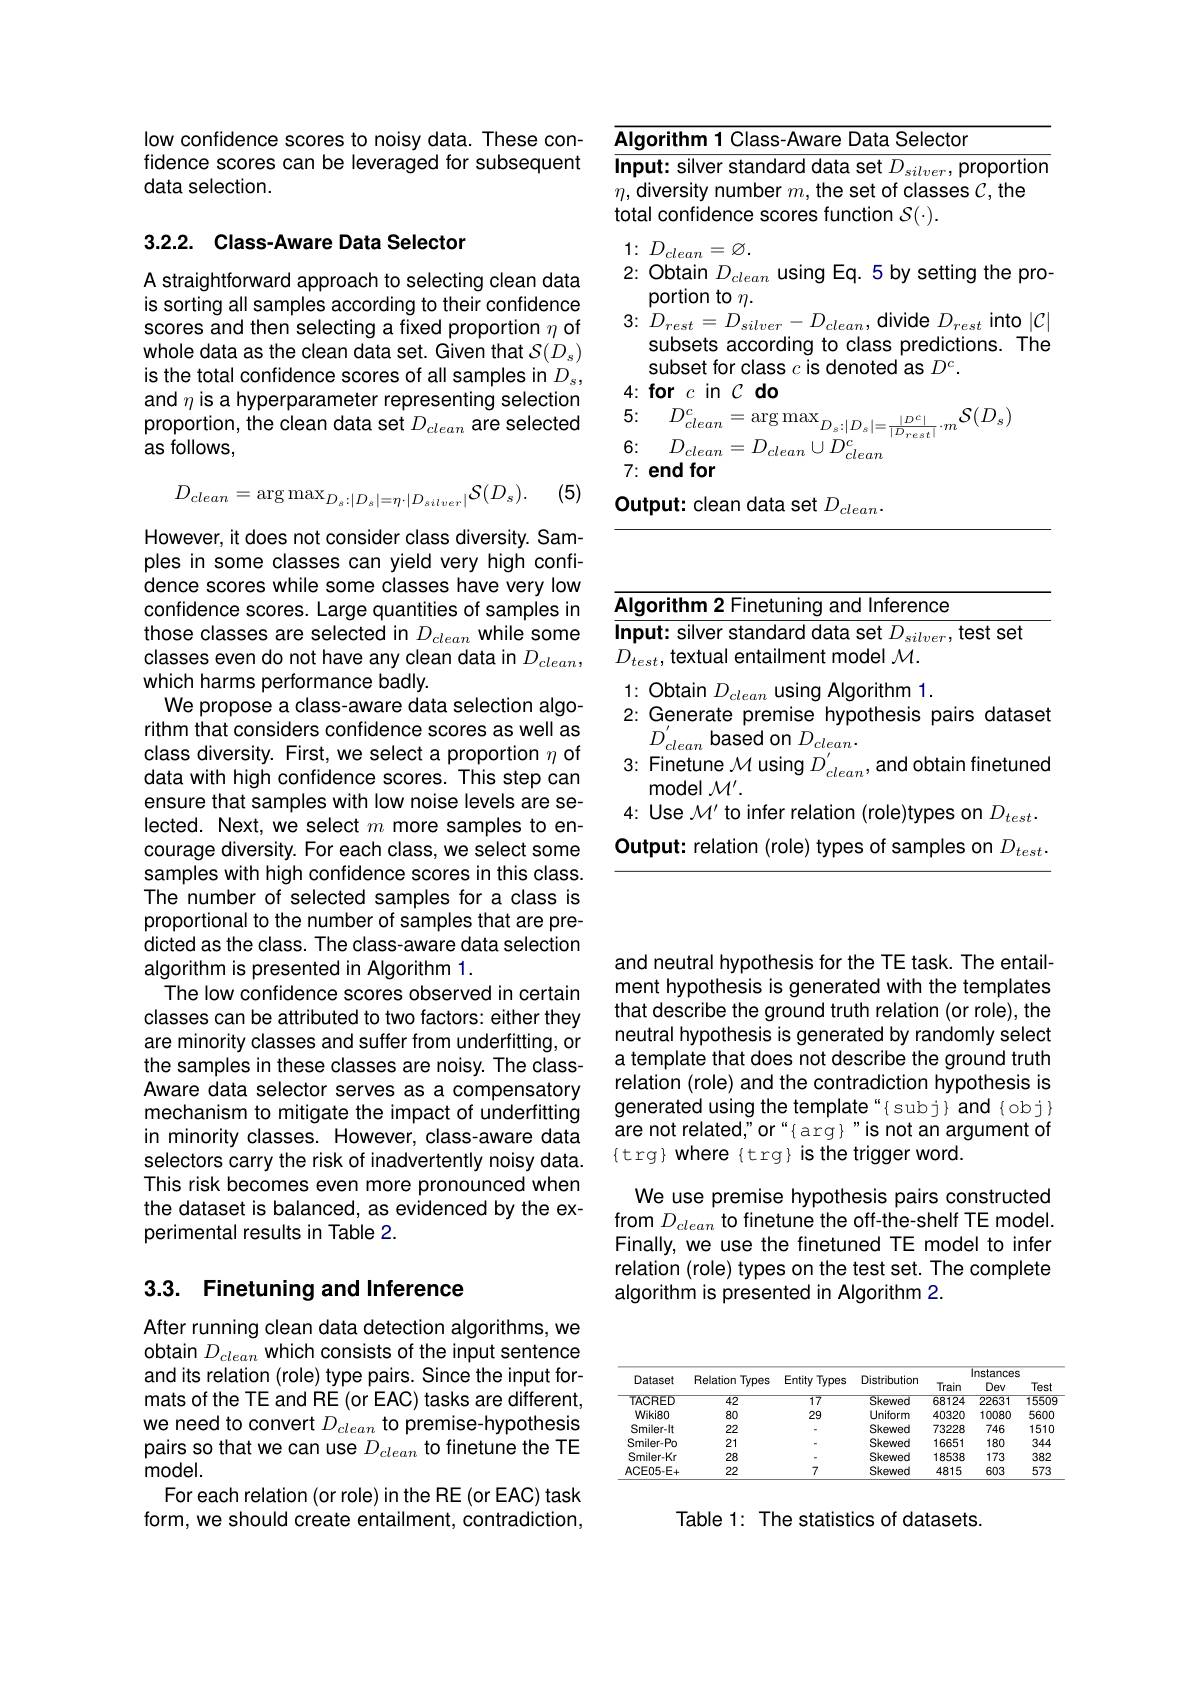
<table>
	<tbody>
		<tr>
			<td>$\Delta$</td>
			<td>orithm 1 Class-Aware Data Selector</td>
		</tr>
		<tr>
			<td>$Ir$ 1 1 1 </td>
			<td>ut: silver standard data set $D_{silver}$, proportior</td>
		</tr>
		<tr>
			<td>$\eta$</td>
			<td>iversity number $m$,the set of classes $C$,the</td>
		</tr>
		<tr>
			<td>$fr$ 1</td>
			<td>$\boldsymbol{S}_{1},\boldsymbol{S}_{1}$ mntider</td>
		</tr>
	</tbody>
</table>

$1\colon D_{clean}=\varnothing.$
2: Obtain $D_{clean}$ using Eq. 5 by setting the pro-
portion to $\eta.$
3{:} $D_{rest}= D_{silver}- D_{clean}$,divide $D_rest$ into $|\mathcal{C}|$
subsets according to class predictions. The
subset for class $c$ is denoted as $D^c.$
$4\nobreak {: } \textbf{for}c$in$C$do

5:

$D_{clean}^{c}=\arg\max_{D_{s}:|D_{s}|=\frac{|D^{c}|}{|D_{rest}|}\cdot m}\mathcal{S}(D_{s})$ $D_{clean}=D_{clean}\cup D_{clean}^{c}$

6:
7: end for

Output: clean data set $D_{clean}.$

low confidence scores to noisy data. These confidence scores can be leveraged for subsequent data selection.

3.2.2. Class-Aware Data Selector

A straightforward approach to selecting clean data is sorting all samples according to their confidence scores and then selecting a fixed proportion $\eta$ of whole data as the clean data set. Given that $\mathcal{S}(D_s)$ is the total confidence scores of all samples in $D_{s}$, and $\eta$ is a hyperparameter representing selection proportion, the clean data set $D_{clean}$ are selected as follows,

(5)
$$D_{clean}=\arg\max_{{D_{s}:|D_{s}|=\eta\cdot|D_{silver}|}}\mathcal{S}(D_{s}).$$
However, it does not consider class diversity. Samples in some classes can yield very high confidence scores while some classes have very low confidence scores. Large quantities of samples in those classes are selected in $D_{clean}$ while some classes even do not have any clean data in $D_{clean}$, which harms performance badly.
We propose a class-aware data selection algorithm that considers confidence scores as well as class diversity. First, we select a proportion $\eta$ of data with high confidence scores. This step can ensure that samples with low noise levels are selected. Next, we select $m$ more samples to encourage diversity. For each class, we select some samples with high confidence scores in this class. The number of selected samples for a class is proportional to the number of samples that are predicted as the class. The class-aware data selection algorithm is presented in Algorithm 1.
The low confidence scores observed in certain classes can be attributed to two factors: either they are minority classes and suffer from underfitting, or the samples in these classes are noisy. The classAware data selector serves as a compensatory mechanism to mitigate the impact of underfitting in minority classes. However, class-aware data selectors carry the risk of inadvertently noisy data. This risk becomes even more pronounced when the dataset is balanced, as evidenced by the experimental results in Table 2.

## 3.3. Finetuning and Inference

After running clean data detection algorithms, we obtain $D_{clean}$ which consists of the input sentence and its relation (role) type pairs. Since the input formats of the TE and RE (or EAC) tasks are different, we need to convert $D_{clean}$ to premise-hypothesis pairs so that we can use $D_{clean}$ to finetune the TE model.
For each relation (or role) in the RE (or EAC) task form, we should create entailment, contradiction,

<table>
	<tbody>
		<tr>
			<td>$A$</td>
			<td>qorithm 2 Finetuning and Inference</td>
		</tr>
		<tr>
			<td>1</td>
			<td>clean $r/enn$ Finetune M using $D_{clean}^{\prime}$, and obtain finetuned $AALI$</td>
		</tr>
		<tr>
			<td> </td>
			<td>Use $\mathcal{M}^{\prime}$ to infer relation (role)types on $D_{test}.$</td>
		</tr>
		<tr>
			<td>0</td>
			<td>utput: relation (role) types of samples on $D_{1}$ test</td>
		</tr>
	</tbody>
</table>

and neutral hypothesis for the TE task. The entailment hypothesis is generated with the templates that describe the ground truth relation (or role), the neutral hypothesis is generated by randomly select a template that does not describe the ground truth relation (role) and the contradiction hypothesis is generated using the template"{subj}and{obj} are not related" or" { arg}" is not an argument of $\{$trg}where{trg}isthe trigger word.

We use premise hypothesis pairs constructed from $D_{clean}$ to finetune the off-the-shelf TE model. Finally, we use the finetuned TE model to infer relation (role) types on the test set. The complete algorithm is presented in Algorithm 2.

<table>
	<tbody>
		<tr>
			<th rowspan="3">Dataset</th>
			<th rowspan="3">$1Types$ Relation</th>
			<th rowspan="3">Entity Types</th>
			<th rowspan="3">Distribution</th>
			<th> </th>
			<th colspan="2">Instances</th>
		</tr>
		<tr>
			<th>Train</th>
			<th>Instances Dev</th>
			<th>S Test</th>
		</tr>
		<tr>
			<th>Train</th>
			<th>Dev</th>
			<th>Test</th>
		</tr>
		<tr>
			<td>TACRED</td>
			<td>42</td>
			<td>17</td>
			<td>Skewed</td>
			<td>68124</td>
			<td>22631</td>
			<td>15509</td>
		</tr>
		<tr>
			<td>Wiki80</td>
			<td>80</td>
			<td>29</td>
			<td>Uniform</td>
			<td>40320</td>
			<td>10080</td>
			<td>5600</td>
		</tr>
		<tr>
			<td>Smiler-lt</td>
			<td>22</td>
			<td> </td>
			<td>Skewed</td>
			<td>73228</td>
			<td>746</td>
			<td>1510</td>
		</tr>
		<tr>
			<td>Smiler-Po</td>
			<td>21</td>
			<td> </td>
			<td>Skewed</td>
			<td>16651</td>
			<td>180</td>
			<td>344</td>
		</tr>
		<tr>
			<td>Smiler-Kr</td>
			<td>28</td>
			<td> </td>
			<td>Skewed</td>
			<td>18538</td>
			<td>173</td>
			<td>382</td>
		</tr>
		<tr>
			<td>ACEO5-E+</td>
			<td>22</td>
			<td>7</td>
			<td>Skewed</td>
			<td>4815</td>
			<td>603</td>
			<td>573</td>
		</tr>
	</tbody>
</table>

Table 1: The statistics of datasets